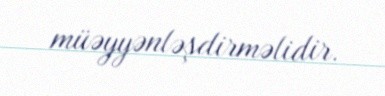
müəyyənləşdirməlidir.